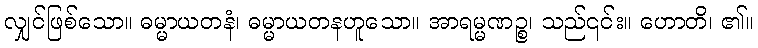
လျှင်ဖြစ်သော။ ဓမ္မာယတနံ၊ ဓမ္မာယတနဟူသော။ အာရမ္မဏဉ္စ၊ သည်၎င်း။ ဟောတိ၊ ၏။